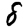
Digit: 8